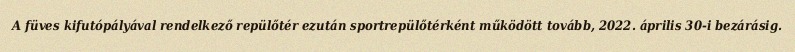
A füves kifutópályával rendelkező repülőtér ezután sportrepülőtérként működött tovább, 2022. április 30-i bezárásig.